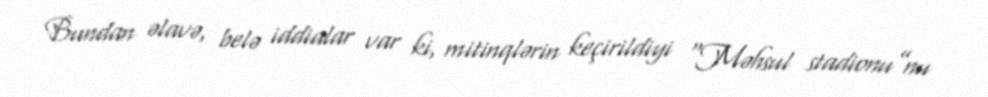
Bundan əlavə, belə iddialar var ki, mitinqlərin keçirildiyi “Məhsul stadionu”nu